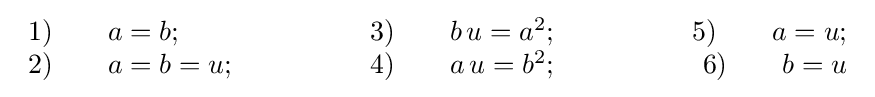
{\begin{array}{lcr}{\text{1)}}\qquad a=b;\qquad \qquad &{\text{3)}}\qquad b\,u=a^{2};\qquad \qquad &{\text{5)}}\qquad a=u;\\{\text{2)}}\qquad a=b=u;\qquad \qquad &{\text{4)}}\qquad a\,u=b^{2};\qquad \qquad &{\text{6)}}\qquad b=u\end{array}}